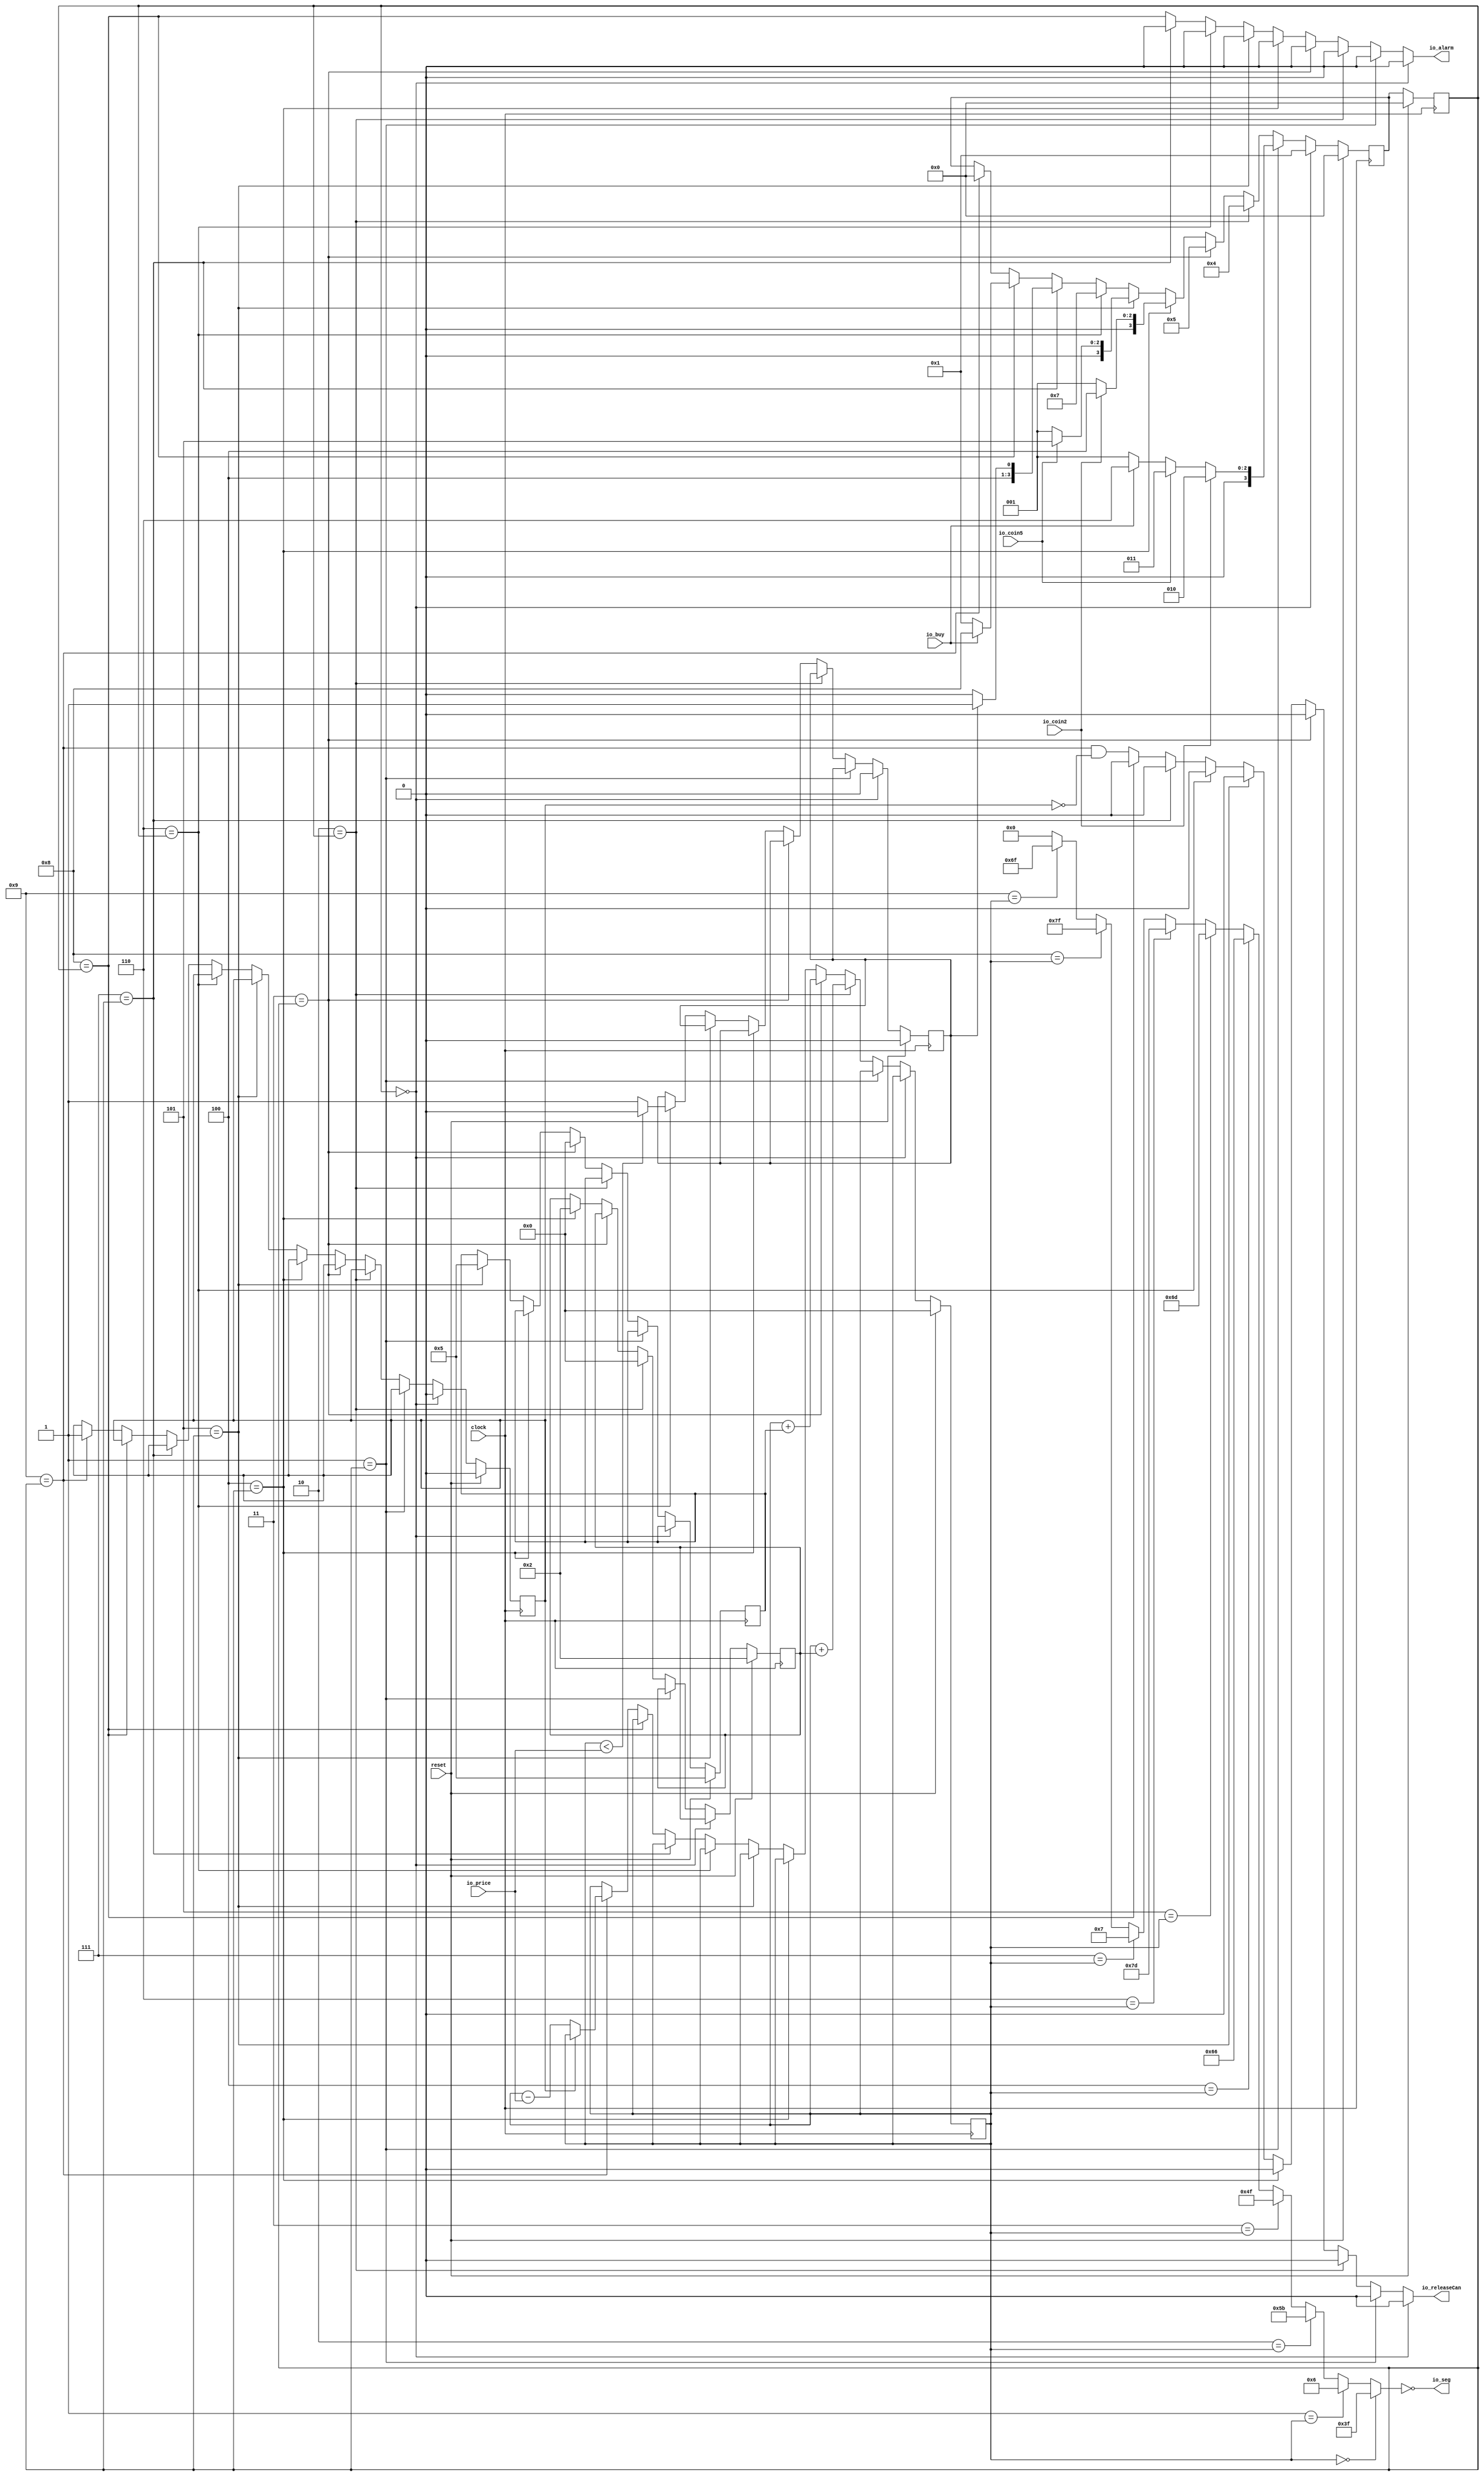
module VendingMachine(
  input        clock,
  input        reset,
  input  [4:0] io_price,
  input        io_coin2,
  input        io_coin5,
  input        io_buy,
  output       io_releaseCan,
  output       io_alarm,
  output [6:0] io_seg
);
`ifdef RANDOMIZE_REG_INIT
  reg [31:0] _RAND_0;
  reg [31:0] _RAND_1;
  reg [31:0] _RAND_2;
  reg [31:0] _RAND_3;
  reg [31:0] _RAND_4;
  reg [31:0] _RAND_5;
  reg [31:0] _RAND_6;
`endif // RANDOMIZE_REG_INIT
  reg [3:0] stateReg; // @[VendingMachine.scala 21:31]
  reg [3:0] nextStage; // @[VendingMachine.scala 22:32]
  reg [4:0] money; // @[VendingMachine.scala 36:28]
  reg  enoughMoney; // @[VendingMachine.scala 37:34]
  reg [4:0] two; // @[VendingMachine.scala 38:22]
  reg [4:0] five; // @[VendingMachine.scala 39:23]
  reg  sub_money_flag; // @[VendingMachine.scala 40:37]
  wire  _T_2 = 4'h0 == stateReg; // @[VendingMachine.scala 49:25]
  wire  _T_5 = 4'h1 == stateReg; // @[VendingMachine.scala 49:25]
  wire [2:0] _GEN_0 = io_buy ? 3'h6 : 3'h1; // @[VendingMachine.scala 57:43 58:43 60:43]
  wire [2:0] _GEN_1 = io_coin5 ? 3'h3 : _GEN_0; // @[VendingMachine.scala 55:45 56:43]
  wire [2:0] _GEN_2 = io_coin2 ? 3'h2 : _GEN_1; // @[VendingMachine.scala 53:38 54:43]
  wire  _T_8 = 4'h2 == stateReg; // @[VendingMachine.scala 49:25]
  wire  _T_11 = 4'h3 == stateReg; // @[VendingMachine.scala 49:25]
  wire  _T_14 = 4'h4 == stateReg; // @[VendingMachine.scala 49:25]
  wire [2:0] _GEN_3 = io_coin2 ? 3'h4 : 3'h1; // @[VendingMachine.scala 69:38 70:35 71:49]
  wire  _T_17 = 4'h5 == stateReg; // @[VendingMachine.scala 49:25]
  wire [2:0] _GEN_4 = io_coin5 ? 3'h5 : 3'h1; // @[VendingMachine.scala 75:54 76:51 77:65]
  wire  _T_20 = 4'h6 == stateReg; // @[VendingMachine.scala 49:25]
  wire  _T_23 = 4'h7 == stateReg; // @[VendingMachine.scala 49:25]
  wire [3:0] _GEN_5 = enoughMoney ? 4'h9 : 4'h8; // @[VendingMachine.scala 83:52 84:43 85:49]
  wire  _T_27 = 4'h8 == stateReg; // @[VendingMachine.scala 49:25]
  wire [3:0] _GEN_6 = io_buy ? 4'h8 : 4'h1; // @[VendingMachine.scala 89:36 90:43 91:49]
  wire  _T_30 = 4'h9 == stateReg; // @[VendingMachine.scala 49:25]
  wire [3:0] _GEN_7 = 4'h9 == stateReg ? 4'h0 : nextStage; // @[VendingMachine.scala 49:25 22:32 94:38]
  wire [3:0] _GEN_8 = 4'h8 == stateReg ? _GEN_6 : _GEN_7; // @[VendingMachine.scala 49:25]
  wire [3:0] _GEN_9 = 4'h7 == stateReg ? _GEN_5 : _GEN_8; // @[VendingMachine.scala 49:25]
  wire [3:0] _GEN_10 = 4'h6 == stateReg ? 4'h7 : _GEN_9; // @[VendingMachine.scala 49:25 80:39]
  wire [3:0] _GEN_11 = 4'h5 == stateReg ? {{1'd0}, _GEN_4} : _GEN_10; // @[VendingMachine.scala 49:25]
  wire [3:0] _GEN_12 = 4'h4 == stateReg ? {{1'd0}, _GEN_3} : _GEN_11; // @[VendingMachine.scala 49:25]
  wire [3:0] _GEN_13 = 4'h3 == stateReg ? 4'h5 : _GEN_12; // @[VendingMachine.scala 49:25 66:38]
  wire [4:0] _money_T_1 = money + two; // @[VendingMachine.scala 113:40]
  wire [4:0] _money_T_3 = money + five; // @[VendingMachine.scala 118:40]
  wire  _GEN_17 = money < io_price ? 1'h0 : 1'h1; // @[VendingMachine.scala 131:46 132:45 133:51]
  wire  _T_62 = ~sub_money_flag; // @[VendingMachine.scala 145:46]
  wire [4:0] _money_T_5 = money - io_price; // @[VendingMachine.scala 146:48]
  wire [4:0] _GEN_18 = ~sub_money_flag ? _money_T_5 : money; // @[VendingMachine.scala 145:55 146:39 36:28]
  wire  _GEN_20 = ~sub_money_flag | sub_money_flag; // @[VendingMachine.scala 145:55 148:48 40:37]
  wire [4:0] _GEN_21 = _T_30 ? _GEN_18 : money; // @[VendingMachine.scala 101:25 36:28]
  wire  _GEN_23 = _T_30 ? _GEN_20 : sub_money_flag; // @[VendingMachine.scala 101:25 40:37]
  wire [4:0] _GEN_25 = _T_27 ? money : _GEN_21; // @[VendingMachine.scala 101:25 36:28]
  wire  _GEN_26 = _T_27 ? 1'h0 : _T_30 & _T_62; // @[VendingMachine.scala 101:25 32:19]
  wire  _GEN_27 = _T_27 ? sub_money_flag : _GEN_23; // @[VendingMachine.scala 101:25 40:37]
  wire  _GEN_28 = _T_23 ? 1'h0 : _T_27; // @[VendingMachine.scala 101:25 33:14]
  wire [4:0] _GEN_29 = _T_23 ? money : _GEN_25; // @[VendingMachine.scala 101:25 36:28]
  wire  _GEN_30 = _T_23 ? 1'h0 : _GEN_26; // @[VendingMachine.scala 101:25 32:19]
  wire  _GEN_31 = _T_23 ? sub_money_flag : _GEN_27; // @[VendingMachine.scala 101:25 40:37]
  wire  _GEN_32 = _T_20 ? _GEN_17 : enoughMoney; // @[VendingMachine.scala 101:25 37:34]
  wire  _GEN_33 = _T_20 ? 1'h0 : _GEN_28; // @[VendingMachine.scala 101:25 33:14]
  wire [4:0] _GEN_34 = _T_20 ? money : _GEN_29; // @[VendingMachine.scala 101:25 36:28]
  wire  _GEN_35 = _T_20 ? 1'h0 : _GEN_30; // @[VendingMachine.scala 101:25 32:19]
  wire  _GEN_36 = _T_20 ? sub_money_flag : _GEN_31; // @[VendingMachine.scala 101:25 40:37]
  wire [4:0] _GEN_37 = _T_17 ? 5'h5 : five; // @[VendingMachine.scala 101:25 127:46 39:23]
  wire  _GEN_38 = _T_17 ? enoughMoney : _GEN_32; // @[VendingMachine.scala 101:25 37:34]
  wire  _GEN_39 = _T_17 ? 1'h0 : _GEN_33; // @[VendingMachine.scala 101:25 33:14]
  wire [4:0] _GEN_40 = _T_17 ? money : _GEN_34; // @[VendingMachine.scala 101:25 36:28]
  wire  _GEN_41 = _T_17 ? 1'h0 : _GEN_35; // @[VendingMachine.scala 101:25 32:19]
  wire  _GEN_42 = _T_17 ? sub_money_flag : _GEN_36; // @[VendingMachine.scala 101:25 40:37]
  wire [4:0] _GEN_43 = _T_14 ? 5'h2 : two; // @[VendingMachine.scala 101:25 123:37 38:22]
  wire [4:0] _GEN_44 = _T_14 ? five : _GEN_37; // @[VendingMachine.scala 101:25 39:23]
  wire  _GEN_45 = _T_14 ? enoughMoney : _GEN_38; // @[VendingMachine.scala 101:25 37:34]
  wire  _GEN_46 = _T_14 ? 1'h0 : _GEN_39; // @[VendingMachine.scala 101:25 33:14]
  wire [4:0] _GEN_47 = _T_14 ? money : _GEN_40; // @[VendingMachine.scala 101:25 36:28]
  wire  _GEN_48 = _T_14 ? 1'h0 : _GEN_41; // @[VendingMachine.scala 101:25 32:19]
  wire  _GEN_49 = _T_14 ? sub_money_flag : _GEN_42; // @[VendingMachine.scala 101:25 40:37]
  wire [4:0] _GEN_50 = _T_11 ? _money_T_3 : _GEN_47; // @[VendingMachine.scala 101:25 118:31]
  wire [4:0] _GEN_51 = _T_11 ? 5'h0 : _GEN_44; // @[VendingMachine.scala 101:25 119:30]
  wire [4:0] _GEN_52 = _T_11 ? two : _GEN_43; // @[VendingMachine.scala 101:25 38:22]
  wire  _GEN_53 = _T_11 ? enoughMoney : _GEN_45; // @[VendingMachine.scala 101:25 37:34]
  wire  _GEN_54 = _T_11 ? 1'h0 : _GEN_46; // @[VendingMachine.scala 101:25 33:14]
  wire  _GEN_55 = _T_11 ? 1'h0 : _GEN_48; // @[VendingMachine.scala 101:25 32:19]
  wire  _GEN_56 = _T_11 ? sub_money_flag : _GEN_49; // @[VendingMachine.scala 101:25 40:37]
  wire  _GEN_61 = _T_8 ? 1'h0 : _GEN_54; // @[VendingMachine.scala 101:25 33:14]
  wire  _GEN_62 = _T_8 ? 1'h0 : _GEN_55; // @[VendingMachine.scala 101:25 32:19]
  wire  _GEN_64 = _T_5 ? 1'h0 : _GEN_61; // @[VendingMachine.scala 101:25 109:34]
  wire  _GEN_69 = _T_5 ? 1'h0 : _GEN_62; // @[VendingMachine.scala 101:25 32:19]
  wire [6:0] _GEN_78 = 5'h9 == money ? 7'h6f : 7'h0; // @[VendingMachine.scala 157:22 167:33 25:33]
  wire [6:0] _GEN_79 = 5'h8 == money ? 7'h7f : _GEN_78; // @[VendingMachine.scala 157:22 166:33]
  wire [6:0] _GEN_80 = 5'h7 == money ? 7'h7 : _GEN_79; // @[VendingMachine.scala 157:22 165:33]
  wire [6:0] _GEN_81 = 5'h6 == money ? 7'h7d : _GEN_80; // @[VendingMachine.scala 157:22 164:33]
  wire [6:0] _GEN_82 = 5'h5 == money ? 7'h6d : _GEN_81; // @[VendingMachine.scala 157:22 163:33]
  wire [6:0] _GEN_83 = 5'h4 == money ? 7'h66 : _GEN_82; // @[VendingMachine.scala 157:22 162:33]
  wire [6:0] _GEN_84 = 5'h3 == money ? 7'h4f : _GEN_83; // @[VendingMachine.scala 157:22 161:33]
  wire [6:0] _GEN_85 = 5'h2 == money ? 7'h5b : _GEN_84; // @[VendingMachine.scala 157:22 160:33]
  wire [6:0] _GEN_86 = 5'h1 == money ? 7'h6 : _GEN_85; // @[VendingMachine.scala 157:22 159:33]
  wire [6:0] sevSeg = 5'h0 == money ? 7'h3f : _GEN_86; // @[VendingMachine.scala 157:22 158:33]
  assign io_releaseCan = _T_2 ? 1'h0 : _GEN_69; // @[VendingMachine.scala 101:25 104:39]
  assign io_alarm = _T_2 ? 1'h0 : _GEN_64; // @[VendingMachine.scala 101:25 33:14]
  assign io_seg = ~sevSeg; // @[VendingMachine.scala 172:13]
  always @(posedge clock) begin
    if (reset) begin // @[VendingMachine.scala 21:31]
      stateReg <= 4'h0; // @[VendingMachine.scala 21:31]
    end else begin
      stateReg <= nextStage; // @[VendingMachine.scala 42:18]
    end
    if (reset) begin // @[VendingMachine.scala 22:32]
      nextStage <= 4'h0; // @[VendingMachine.scala 22:32]
    end else if (4'h0 == stateReg) begin // @[VendingMachine.scala 49:25]
      nextStage <= 4'h1; // @[VendingMachine.scala 50:39]
    end else if (4'h1 == stateReg) begin // @[VendingMachine.scala 49:25]
      nextStage <= {{1'd0}, _GEN_2};
    end else if (4'h2 == stateReg) begin // @[VendingMachine.scala 49:25]
      nextStage <= 4'h4; // @[VendingMachine.scala 64:38]
    end else begin
      nextStage <= _GEN_13;
    end
    if (reset) begin // @[VendingMachine.scala 36:28]
      money <= 5'h0; // @[VendingMachine.scala 36:28]
    end else if (!(_T_2)) begin // @[VendingMachine.scala 101:25]
      if (!(_T_5)) begin // @[VendingMachine.scala 101:25]
        if (_T_8) begin // @[VendingMachine.scala 101:25]
          money <= _money_T_1; // @[VendingMachine.scala 113:31]
        end else begin
          money <= _GEN_50;
        end
      end
    end
    if (reset) begin // @[VendingMachine.scala 37:34]
      enoughMoney <= 1'h0; // @[VendingMachine.scala 37:34]
    end else if (_T_2) begin // @[VendingMachine.scala 101:25]
      enoughMoney <= 1'h0; // @[VendingMachine.scala 103:37]
    end else if (!(_T_5)) begin // @[VendingMachine.scala 101:25]
      if (!(_T_8)) begin // @[VendingMachine.scala 101:25]
        enoughMoney <= _GEN_53;
      end
    end
    if (reset) begin // @[VendingMachine.scala 38:22]
      two <= 5'h2; // @[VendingMachine.scala 38:22]
    end else if (!(_T_2)) begin // @[VendingMachine.scala 101:25]
      if (!(_T_5)) begin // @[VendingMachine.scala 101:25]
        if (_T_8) begin // @[VendingMachine.scala 101:25]
          two <= 5'h0; // @[VendingMachine.scala 114:29]
        end else begin
          two <= _GEN_52;
        end
      end
    end
    if (reset) begin // @[VendingMachine.scala 39:23]
      five <= 5'h5; // @[VendingMachine.scala 39:23]
    end else if (!(_T_2)) begin // @[VendingMachine.scala 101:25]
      if (!(_T_5)) begin // @[VendingMachine.scala 101:25]
        if (!(_T_8)) begin // @[VendingMachine.scala 101:25]
          five <= _GEN_51;
        end
      end
    end
    if (reset) begin // @[VendingMachine.scala 40:37]
      sub_money_flag <= 1'h0; // @[VendingMachine.scala 40:37]
    end else if (_T_2) begin // @[VendingMachine.scala 101:25]
      sub_money_flag <= 1'h0; // @[VendingMachine.scala 105:40]
    end else if (!(_T_5)) begin // @[VendingMachine.scala 101:25]
      if (!(_T_8)) begin // @[VendingMachine.scala 101:25]
        sub_money_flag <= _GEN_56;
      end
    end
  end
// Register and memory initialization
`ifdef RANDOMIZE_GARBAGE_ASSIGN
`define RANDOMIZE
`endif
`ifdef RANDOMIZE_INVALID_ASSIGN
`define RANDOMIZE
`endif
`ifdef RANDOMIZE_REG_INIT
`define RANDOMIZE
`endif
`ifdef RANDOMIZE_MEM_INIT
`define RANDOMIZE
`endif
`ifndef RANDOM
`define RANDOM $random
`endif
`ifdef RANDOMIZE_MEM_INIT
  integer initvar;
`endif
`ifndef SYNTHESIS
`ifdef FIRRTL_BEFORE_INITIAL
`FIRRTL_BEFORE_INITIAL
`endif
initial begin
  `ifdef RANDOMIZE
    `ifdef INIT_RANDOM
      `INIT_RANDOM
    `endif
    `ifndef VERILATOR
      `ifdef RANDOMIZE_DELAY
        #`RANDOMIZE_DELAY begin end
      `else
        #0.002 begin end
      `endif
    `endif
`ifdef RANDOMIZE_REG_INIT
  _RAND_0 = {1{`RANDOM}};
  stateReg = _RAND_0[3:0];
  _RAND_1 = {1{`RANDOM}};
  nextStage = _RAND_1[3:0];
  _RAND_2 = {1{`RANDOM}};
  money = _RAND_2[4:0];
  _RAND_3 = {1{`RANDOM}};
  enoughMoney = _RAND_3[0:0];
  _RAND_4 = {1{`RANDOM}};
  two = _RAND_4[4:0];
  _RAND_5 = {1{`RANDOM}};
  five = _RAND_5[4:0];
  _RAND_6 = {1{`RANDOM}};
  sub_money_flag = _RAND_6[0:0];
`endif // RANDOMIZE_REG_INIT
  `endif // RANDOMIZE
end // initial
`ifdef FIRRTL_AFTER_INITIAL
`FIRRTL_AFTER_INITIAL
`endif
`endif // SYNTHESIS
endmodule